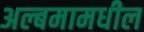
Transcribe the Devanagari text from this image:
अल्बमामधील